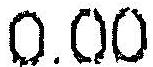
0.00